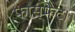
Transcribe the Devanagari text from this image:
फास्फेट।